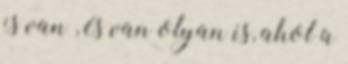
is van , és van olyan is, ahol a